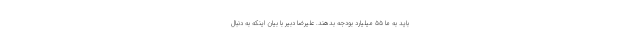
باید به ما ۵۵ میلیارد بودجه بدهند. علیرضا دبیر با بیان اینکه به دنبال